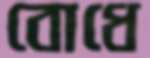
বোধে